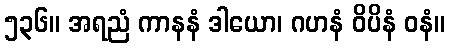
၅၃၆။ အရညံ ကာနနံ ဒါယော၊ ဂဟနံ ဝိပိနံ ဝနံ။